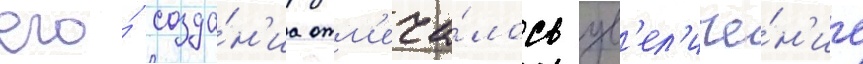
его́ созда́н'иа отм'еча́лось ув'ел'иче́н'ие